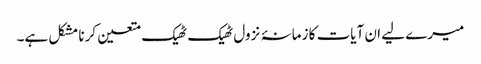
میرے لیے ان آیات کا زمانۂ نزول ٹھیک ٹھیک متعین کرنا مشکل ہے۔